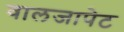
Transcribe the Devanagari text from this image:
वालजापेट